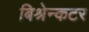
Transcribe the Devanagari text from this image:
बिश्रेन्कटर